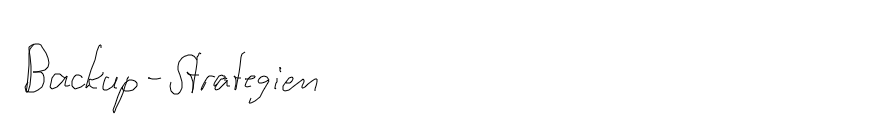
Backup-Strategien